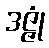
ဒဇ္ဇုံ